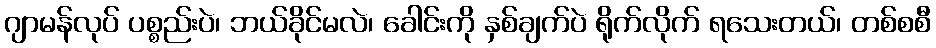
ဂျာမန်လုပ် ပစ္စည်းပဲ၊ ဘယ်ခိုင်မလဲ၊ ခေါင်းကို နှစ်ချက်ပဲ ရိုက်လိုက် ရသေးတယ်၊ တစ်စစီ